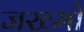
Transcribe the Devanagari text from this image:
जख्मो